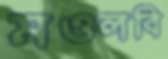
মওলবি